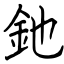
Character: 釶